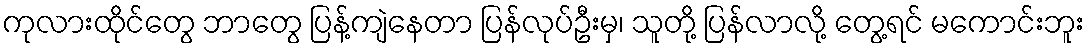
ကုလားထိုင်တွေ ဘာတွေ ပြန့်ကျဲနေတာ ပြန်လုပ်ဦးမှ၊ သူတို့ ပြန်လာလို့ တွေ့ရင် မကောင်းဘူး